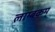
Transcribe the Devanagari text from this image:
लाम्बकम्